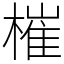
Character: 槯